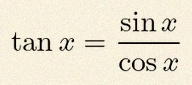
\tan x=\frac{\sin x}{\cos x}